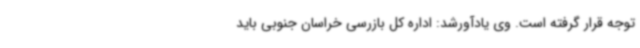
توجه قرار گرفته است. وی یادآورشد: اداره کل بازرسی خراسان جنوبی باید